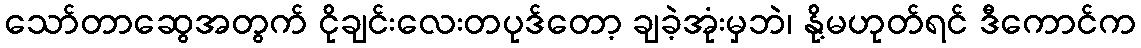
သော်တာဆွေအတွက် ငိုချင်းလေးတပုဒ်တော့ ချခဲ့အုံးမှဘဲ၊ နို့မဟုတ်ရင် ဒီကောင်က